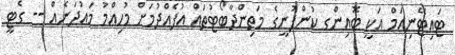
ޓައިޓޭނިއަމް އަކީ ބޮއިންގ ކުންފުނީގެ މަތިންދާބޯޓުތައް އުފެއްދުމަށް މުހިއްމު މައުދަނެއް -- ގެޓީ